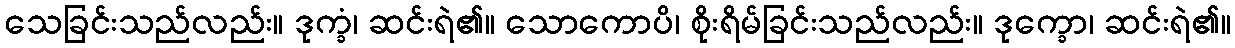
သေခြင်းသည်လည်း။ ဒုက္ခံ၊ ဆင်းရဲ၏။ သောကောပိ၊ စိုးရိမ်ခြင်းသည်လည်း။ ဒုက္ခော၊ ဆင်းရဲ၏။